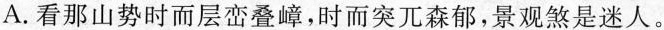
A.看那山势时而层峦叠嶂，时而突兀森郁，景观煞是迷人。